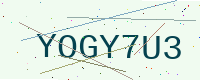
Text: YOGY7U3